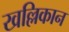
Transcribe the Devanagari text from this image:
खल्लिकान